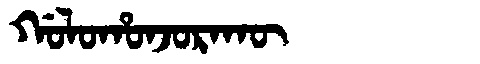
Manchu: ᡤᠣᠯᠣᡥᠣᠨᠵᠣᡵᠠᡴᡡ
Romanization: GOLOHONJORAKŪ